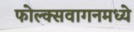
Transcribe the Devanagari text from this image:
फोल्क्सवागनमध्ये